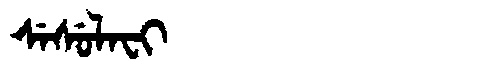
Manchu: ᠰᡝᠰᡠᠯᠠᠸᡳ
Romanization: SESULAFI